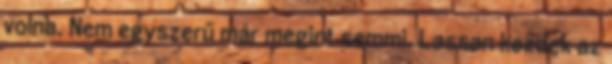
volna. Nem egyszerű már megint semmi. Lassan kezdek az